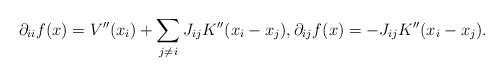
\begin{align*}\partial_{ii}f(x) &= V''(x_i) + \sum_{j \neq i} J_{ij}K''(x_i-x_j), \partial_{ij}f(x) = -J_{ij}K''(x_i-x_j).\end{align*}